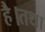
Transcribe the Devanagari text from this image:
है।तथा